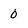
Character: 0